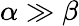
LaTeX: \alpha\gg\beta